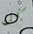
كل